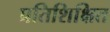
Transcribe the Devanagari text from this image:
प्रतिशिक्षित